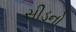
સીડનો